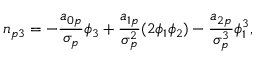
n _ { p 3 } = - \frac { a _ { 0 p } } { \sigma _ { p } } \phi _ { 3 } + \frac { a _ { 1 p } } { \sigma _ { p } ^ { 2 } } ( 2 \phi _ { 1 } \phi _ { 2 } ) - \frac { a _ { 2 p } } { \sigma _ { p } ^ { 3 } } \phi _ { 1 } ^ { 3 } ,